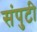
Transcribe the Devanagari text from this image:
संपुटी